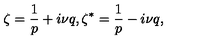
\zeta = \frac { 1 } { p } + i \nu q , \zeta ^ { * } = \frac { 1 } { p } - i \nu q ,